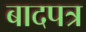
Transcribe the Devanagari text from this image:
बादपत्र